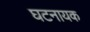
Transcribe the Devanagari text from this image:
घटनायक